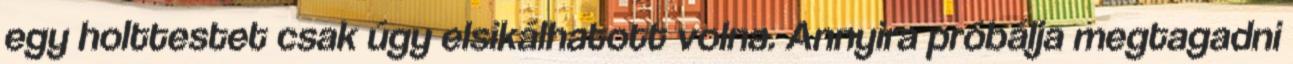
egy holttestet csak úgy elsikálhatott volna. Annyira próbálja megtagadni